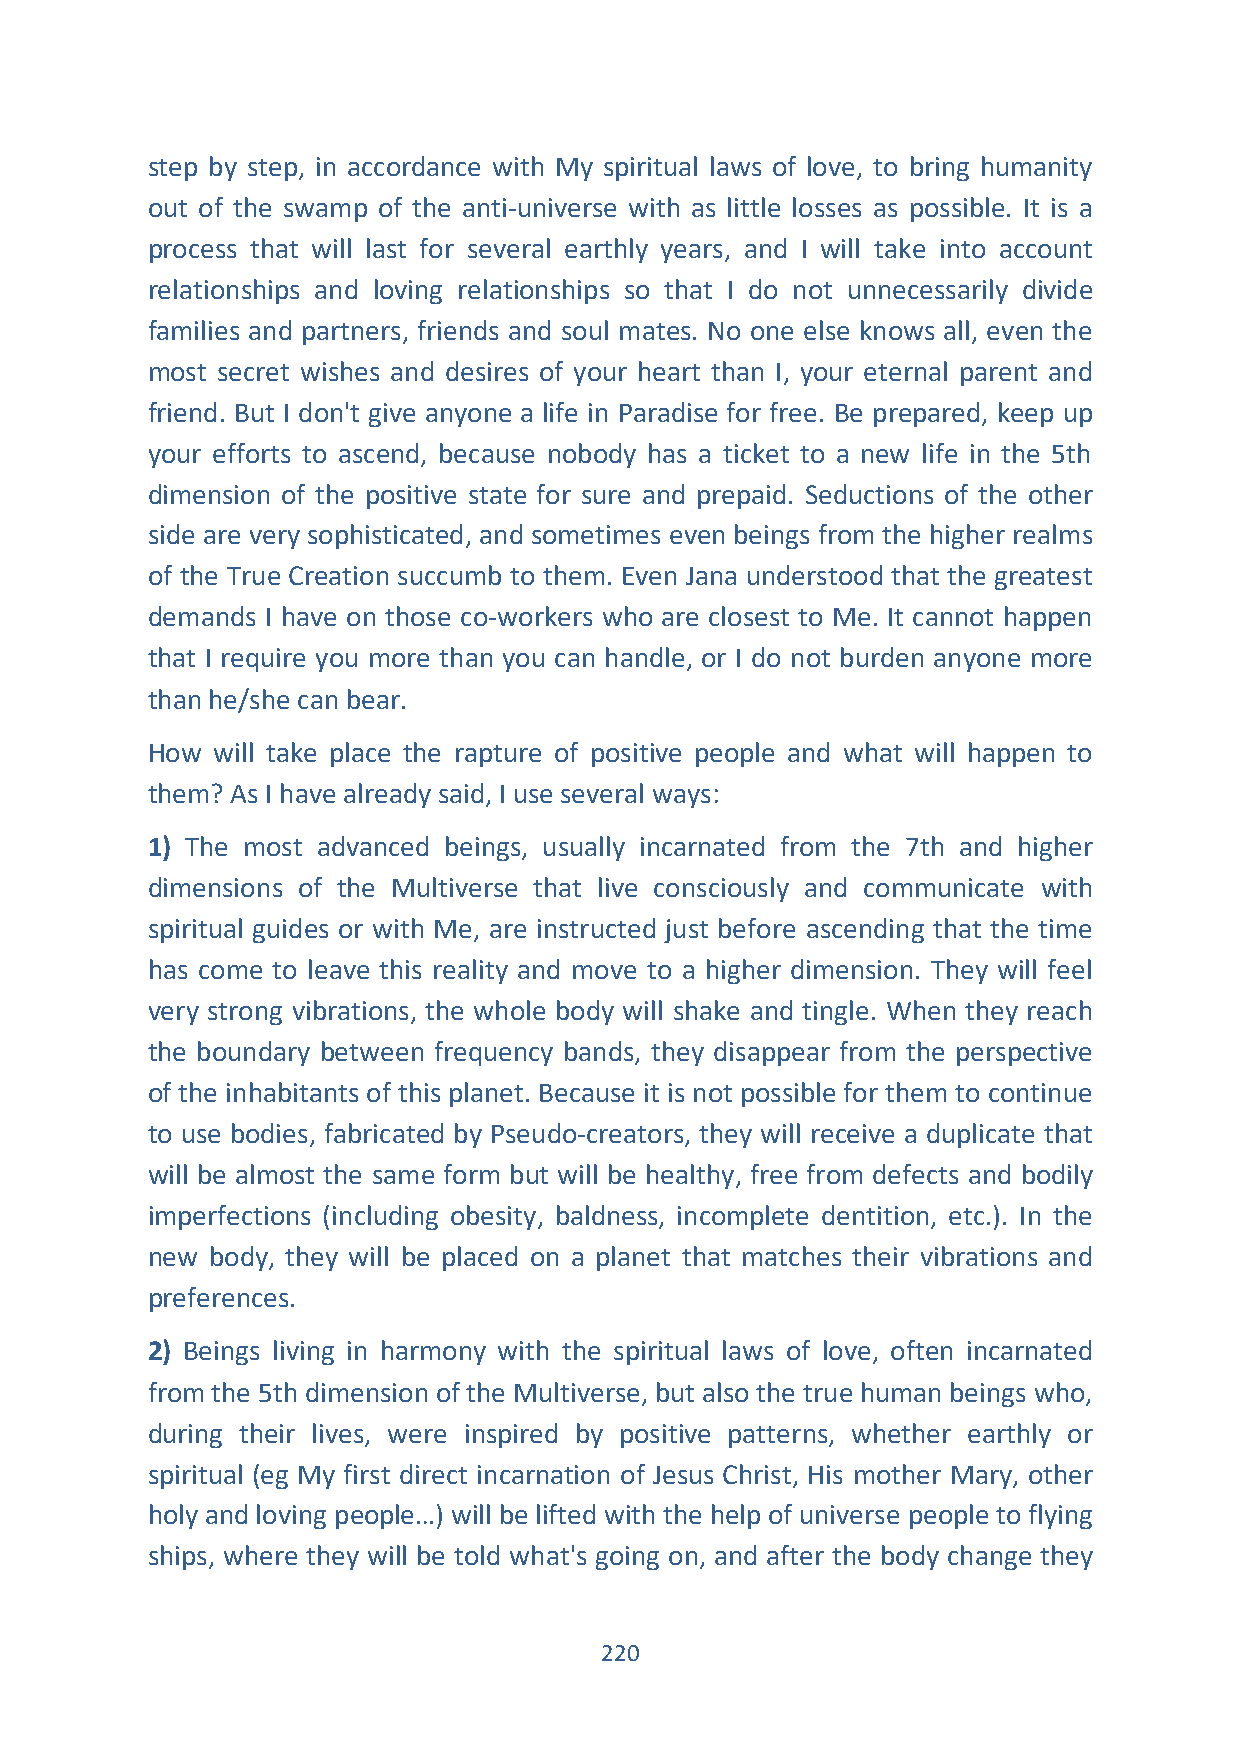
step by step, in accordance with My spiritual laws of love, to bring humanity
 out of the swamp of the anti-universe with as little losses as possible. It is a
 process that will last for several earthly years, and I will take into account
 relationships and loving relationships so that I do not unnecessarily divide
 families and partners, friends and soul mates. No one else knows all, even the
 most secret wishes and desires of your heart than I, your eternal parent and
 friend. But I don't give anyone a life in Paradise for free. Be prepared, keep up
 your efforts to ascend, because nobody has a ticket to a new life in the 5th
 dimension of the positive state for sure and prepaid. Seductions of the other
 side are very sophisticated, and sometimes even beings from the higher realms
 of the True Creation succumb to them. Even Jana understood that the greatest
 demands I have on those co-workers who are closest to Me. It cannot happen
 that I require you more than you can handle, or I do not burden anyone more
 than he/she can bear.
 How will take place the rapture of positive people and what will happen to
 them? As I have already said, I use several ways:
 1) The most advanced beings, usually incarnated from the 7th and higher
 dimensions of the Multiverse that live consciously and communicate with
 spiritual guides or with Me, are instructed just before ascending that the time
 has come to leave this reality and move to a higher dimension. They will feel
 very strong vibrations, the whole body will shake and tingle. When they reach
 the boundary between frequency bands, they disappear from the perspective
 of the inhabitants of this planet. Because it is not possible for them to continue
 to use bodies, fabricated by Pseudo-creators, they will receive a duplicate that
 will be almost the same form but will be healthy, free from defects and bodily
 imperfections (including obesity, baldness, incomplete dentition, etc.). In the
 new body, they will be placed on a planet that matches their vibrations and
 preferences.
 2) Beings living in harmony with the spiritual laws of love, often incarnated
 from the 5th dimension of the Multiverse, but also the true human beings who,
 during their lives, were inspired by positive patterns, whether earthly or
 spiritual (eg My first direct incarnation of Jesus Christ, His mother Mary, other
 holy and loving people…) will be lifted with the help of universe people to flying
 ships, where they will be told what's going on, and after the body change they
 220